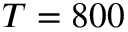
T = 8 0 0